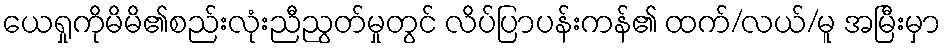
ယေရှုကိုမိမိ၏စည်းလုံးညီညွတ်မှုတွင် လိပ်ပြာပန်းကန်၏ ထက်/လယ်/မူ အမြီးမှာ